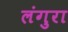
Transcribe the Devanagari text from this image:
लंगुरा